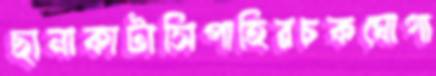
ছানাকাটাসিপাহিরচকঘোগা